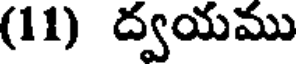
(11) ద్వయము